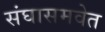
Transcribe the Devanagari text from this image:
संघासमवेत